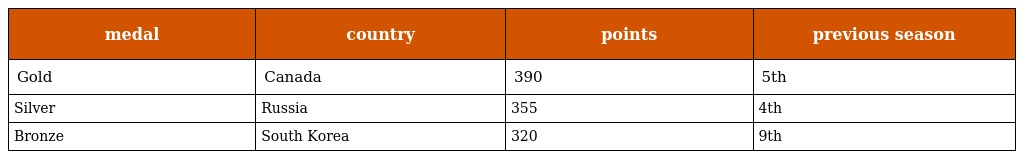
| medal | country | points | previous season |
 | --- | --- | --- | --- |
 | Gold | Canada | 390 | 5th |
 | Silver | Russia | 355 | 4th |
 | Bronze | South Korea | 320 | 9th |